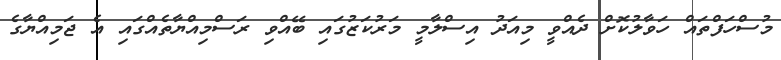
މުސްހަފްތައް ހަވާލުކޮށް ދެއްވީ މިއަދު އިސްލާމީ މަރުކަޒުގައި ބޭއްވި ރަސްމިއްޔާތެއްގައި އެ ޖަމިއްޔާގެ